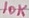
Text: 10K